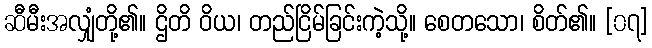
ဆီမီးအလျှံတို့၏။ ဌိတိ ဝိယ၊ တည်ငြိမ်ခြင်းကဲ့သို့။ စေတသော၊ စိတ်၏။ [၀၇]